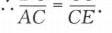
\(\overline{AC}=\overline{CE}\)